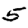
Digit: 5